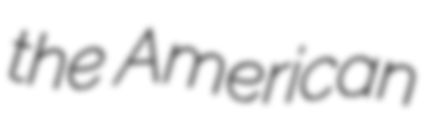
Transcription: the American